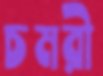
চমরী